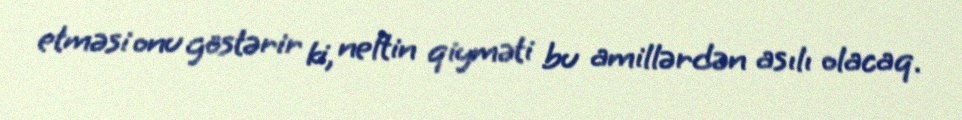
etməsi onu göstərir ki, neftin qiyməti bu amillərdən asılı olacaq.